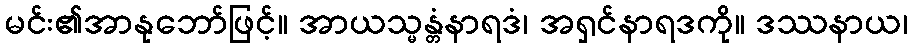
မင်း၏အာနုဘော်ဖြင့်။ အာယသ္မန္တံနာရဒံ၊ အရှင်နာရဒကို။ ဒဿနာယ၊